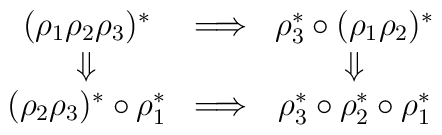
\begin{array}{ccc}(\rho_1 \rho_2 \rho_3)^* & \Longrightarrow & \rho_3^* \circ ( \rho_1 \rho_2)^* \\\Downarrow & & \Downarrow \\(\rho_2 \rho_3)^* \circ \rho_1^* & \Longrightarrow &\rho_3^* \circ \rho_2^* \circ \rho_1^*\end{array}